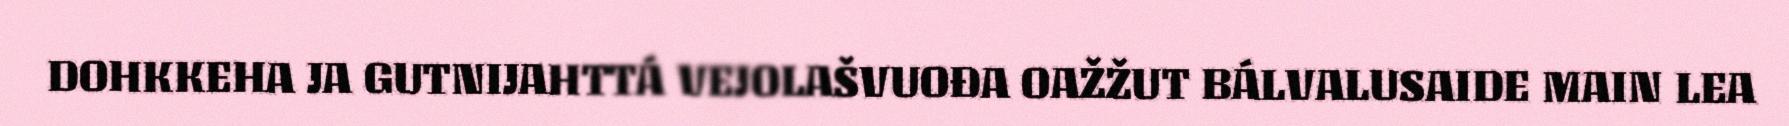
DOHKKEHA JA GUTNIJAHTTÁ VEJOLAŠVUOĐA OAŽŽUT BÁLVALUSAIDE MAIN LEA